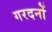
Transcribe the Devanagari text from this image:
गरदनों